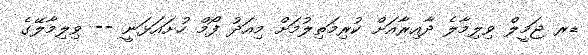
ޑރ ޖަމީލް ވިލިމާލެ ދާއިރާއަށް ކުރިމަތިލުމަށް މިއަދު ފޯމް ހުށައަޅަނީ -- ވިލިމާލޭގެ